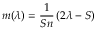
m ( \lambda ) = \frac { 1 } { S n } \left( 2 \lambda - S \right)